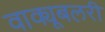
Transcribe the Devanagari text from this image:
वाक्यूबलरी